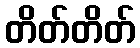
တိတ်တိတ်